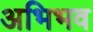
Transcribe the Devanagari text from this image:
अभिभव